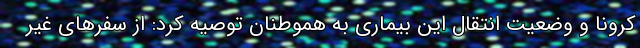
کرونا و وضعیت انتقال این بیماری به هموطنان توصیه کرد: از سفرهای غیر